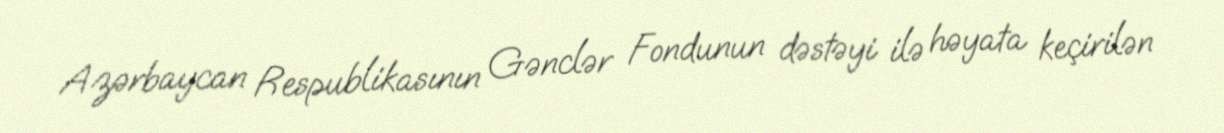
Azərbaycan Respublikasının Gənclər Fondunun dəstəyi ilə həyata keçirilən